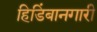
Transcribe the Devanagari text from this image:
हिडिंबानगारी